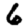
Digit: 6